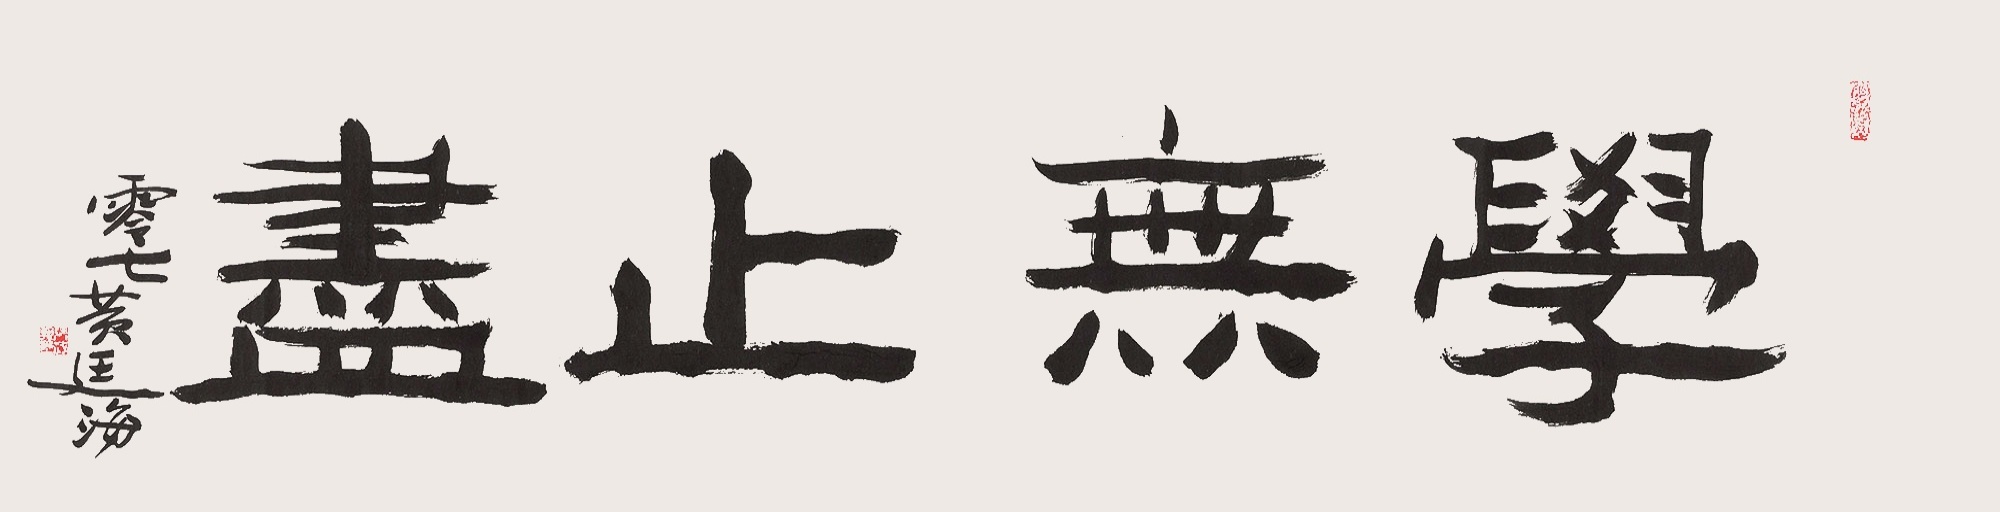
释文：学无止尽零七黄廷海。